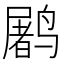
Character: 𱊩